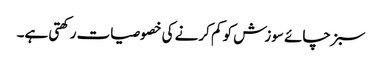
سبز چائے سوزش کو کم کرنے کی خصوصیات رکھتی ہے۔